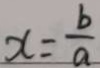
x = \frac { b } { a }